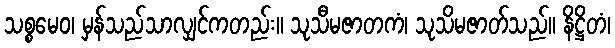
သစ္စမေဝ၊ မှန်သည်သာလျှင်ကတည်း။ သုသီမဇာတကံ၊ သုသိမဇာတ်သည်။ နိဋ္ဌိတံ၊